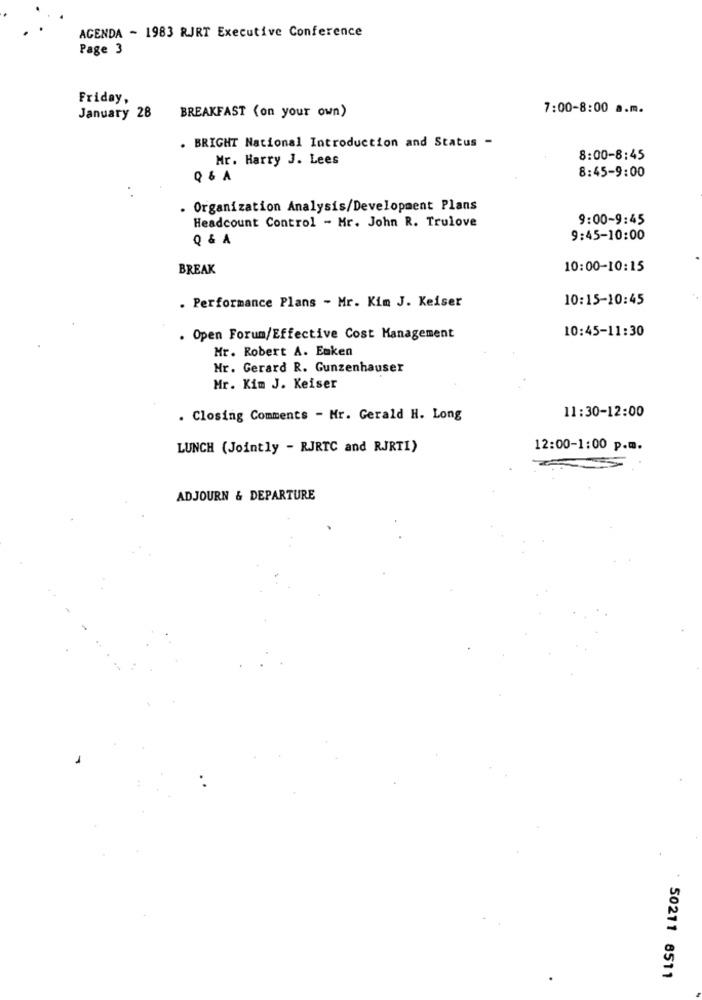
AGENDA - 1983 RJRT Executive Conference
Page 3
Friday,
BREAKFAST (on your own)
7:00-8:00 a.m.
January 28
. BRIGHT National Introduction and Status -
Mr. Harry J. Lees
8:00-8:45
8:45-9:00
Q & A
. Organization Analysis/Development Plans
9:00-9:45
Headcount Control - Mr. John R. Trulove
Q & A
9:45-10:00
BREAK
10:00-10:15
. Performance Plans - Mr. Kim J. Keiser
10:15-10:45
10:45-11:30
. Open Forum/Effective Cost Management
Mr. Robert A. Enken
Mr. Gerard R. Gunzenhauser
Mr. Kim J. Keiser
11:30-12:00
. Closing Comments - Mr. Gerald H. Long
LUNCH (Jointly - RJRTC and RJRTI)
12:00-1:00 p.m.
ADJOURN & DEPARTURE
50211 8511